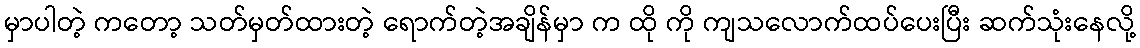
မှာပါတဲ့ ကတော့ သတ်မှတ်ထားတဲ့ ရောက်တဲ့အချိန်မှာ က ထို ကို ကျသလောက်ထပ်ပေးပြီး ဆက်သုံးနေလို့